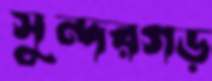
সুন্দরগড়